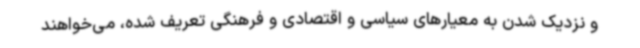
و نزدیک شدن به معیارهای سیاسی و اقتصادی و فرهنگی تعریف شده، می‌خواهند